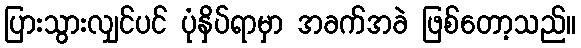
ပြားသွားလျှင်ပင် ပုံနှိပ်ရာမှာ အခက်အခဲ ဖြစ်တော့သည်။